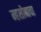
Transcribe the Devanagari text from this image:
म्हसोबाचा